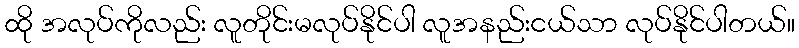
ထို အလုပ်ကိုလည်း လူတိုင်းမလုပ်နိုင်ပါ လူအနည်းငယ်သာ လုပ်နိုင်ပါတယ်။